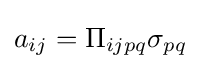
a_{ij}=\Pi _{ijpq}\sigma _{pq}